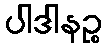
ပါဒါနဉ္စ